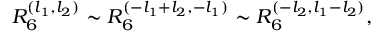
R _ { 6 } ^ { ( l _ { 1 } , l _ { 2 } ) } \sim R _ { 6 } ^ { ( - l _ { 1 } + l _ { 2 } , - l _ { 1 } ) } \sim R _ { 6 } ^ { ( - l _ { 2 } , l _ { 1 } - l _ { 2 } ) } ,